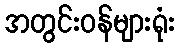
အတွင်းဝန်များရုံး